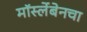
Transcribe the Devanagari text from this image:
मॉर्स्लेबेनचा